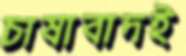
চাষাবাদই